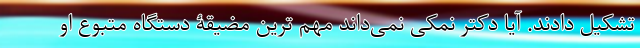
تشکیل دادند. آیا دکتر نمکی نمی‌داند مهم ترین مضیقۀ دستگاه متبوع او